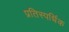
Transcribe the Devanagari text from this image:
प्रतिस्पर्धिक